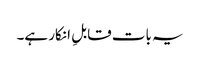
یہ بات قابلِ انکار ہے۔